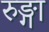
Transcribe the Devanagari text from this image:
रुङ्गा